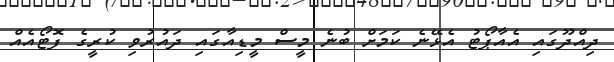
ދިއްދޫގައި އެއާޕޯޓު އެޅޭނެ ކަމަށް ބުނެ މީސް މީޑިއާގައި ދައުރުވި ކުރީގެ ފޮޓޯއެއް